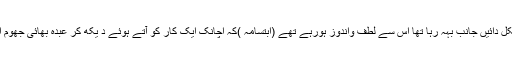
ابھی ہم دریا راوی جو عبدہ کے گھر کے بالکل دائیں جانب بہہ رہا تھا اس سے لطف واندوز ہورہے تھے (ابتسامہ )کہ اچانک ایک کار کو آتے ہوئے د یکھ کر عبدہ بھائی جھوم اٹھے اور کہنے لگے عبد الودود بھائی آگئے۔